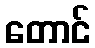
တောင်